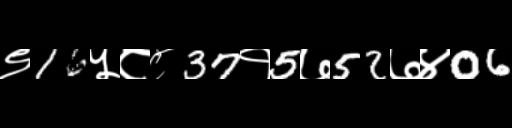
Text: ९16५८८37१5७52७४06